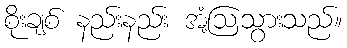
စိုးချစ် နည်းနည်း အံ့ဩသွားသည်။